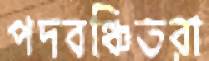
পদবঞ্চিতরা